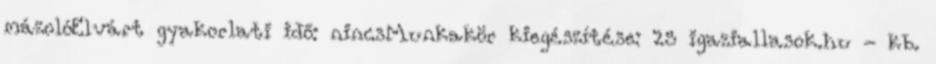
mázolóElvárt gyakorlati idő: nincsMunkakör kiegészítése: 25 igaziallasok.hu - kb.